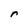
Character: r